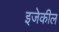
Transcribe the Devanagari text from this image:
इजेकील